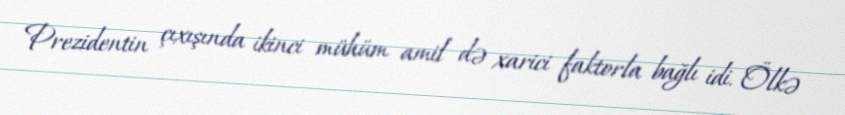
Prezidentin çıxışında ikinci mühüm amil də xarici faktorla bağlı idi. Ölkə